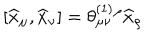
LaTeX: \left[ \widehat { x } _ { \mu } , \widehat { x } _ { \nu } \right] = \theta _ { \mu \nu } ^ { ( 1 ) } { } ^ { \rho } \widehat { x } _ { \rho }